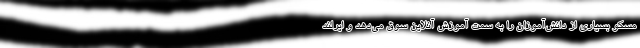
مسکو بسیاری از دانش‌آموزان را به سمت آموزش آنلاین سوق می‌دهد و ایرلند